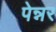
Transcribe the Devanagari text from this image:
पेन्नर